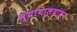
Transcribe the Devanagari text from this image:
न्यायालयांवर